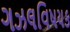
ગઝલવિષયક